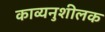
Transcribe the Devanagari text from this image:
काव्यनुशीलक